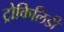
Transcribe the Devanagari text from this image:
ट्रोकिलिडी